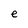
Character: e